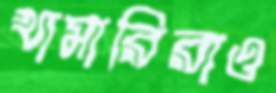
খামারিরাও